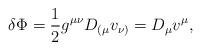
LaTeX: \begin{align*}\delta \Phi = \frac{1}{2} g^{\mu\nu}D_{ ( \mu}v_{\nu )} = D_{\mu}v^{\mu},\end{align*}